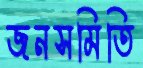
জনসমিতি